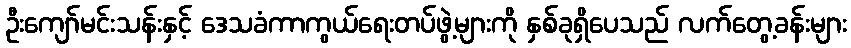
ဦးကျော်မင်းသန်းနှင့် ဒေသခံကာကွယ်ရေးတပ်ဖွဲ့များကို နှစ်ခုရှိပေသည် လက်တွေ့ခန်းများ